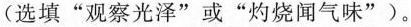
(选填”观察光泽”或”灼烧闻气味”)。